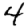
Digit: 4